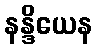
နန္ဒိယေန